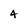
Character: 4